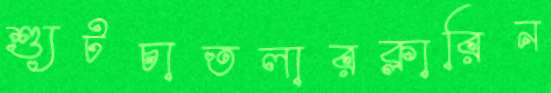
শ্যুটচাতলারক্লারিন